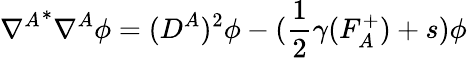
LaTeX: {\nabla^{A}}^{*}\nabla^{A}\phi=(D^{A})^{2}\phi-({\frac{1}{2}}\gamma(F_{A}^{+})+s)\phi